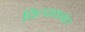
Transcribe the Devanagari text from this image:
चित्पावनांत